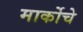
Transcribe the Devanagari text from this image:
मार्कोचे